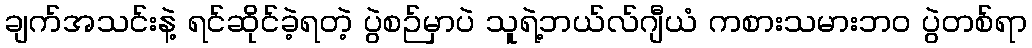
ချက်အသင်းနဲ့ ရင်ဆိုင်ခဲ့ရတဲ့ ပွဲစဉ်မှာပဲ သူရဲ့ဘယ်လ်ဂျီယံ ကစားသမားဘဝ ပွဲတစ်ရာ